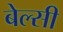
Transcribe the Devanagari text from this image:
बेल्सी